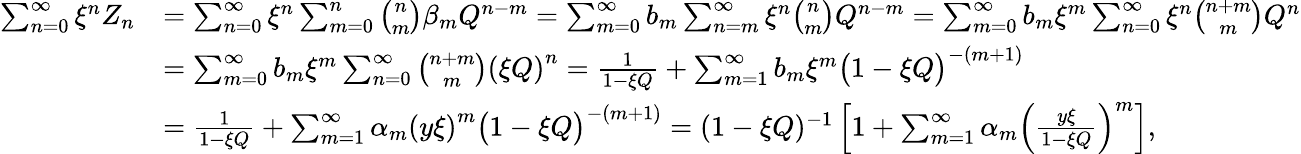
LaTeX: \begin{array}{rl}{\sum_{n=0}^{\infty}\xi^{n}Z_{n}}&{=\sum_{n=0}^{\infty}\xi^{n}\sum_{m=0}^{n}\binom{n}{m}\beta_{m}Q^{n-m}=\sum_{m=0}^{\infty}b_{m}\sum_{n=m}^{\infty}\xi^{n}\binom{n}{m}Q^{n-m}=\sum_{m=0}^{\infty}b_{m}\xi^{m}\sum_{n=0}^{\infty}\xi^{n}\binom{n+m}{m}Q^{n}}\\ &{=\sum_{m=0}^{\infty}b_{m}\xi^{m}\sum_{n=0}^{\infty}\binom{n+m}{m}\left(\xi Q\right)^{n}=\frac 1{1-\xi Q}+\sum_{m=1}^{\infty}b_{m}\xi^{m}\big(1-\xi Q\big)^{-(m+1)}}\\ &{=\frac 1{1-\xi Q}+\sum_{m=1}^{\infty}\alpha_{m}\left(y\xi\right)^{m}\big(1-\xi Q\big)^{-(m+1)}=(1-\xi Q)^{-1}\left[1+\sum_{m=1}^{\infty}\alpha_{m}\left(\frac{y\xi}{1-\xi Q}\right)^{m}\right],}\end{array}